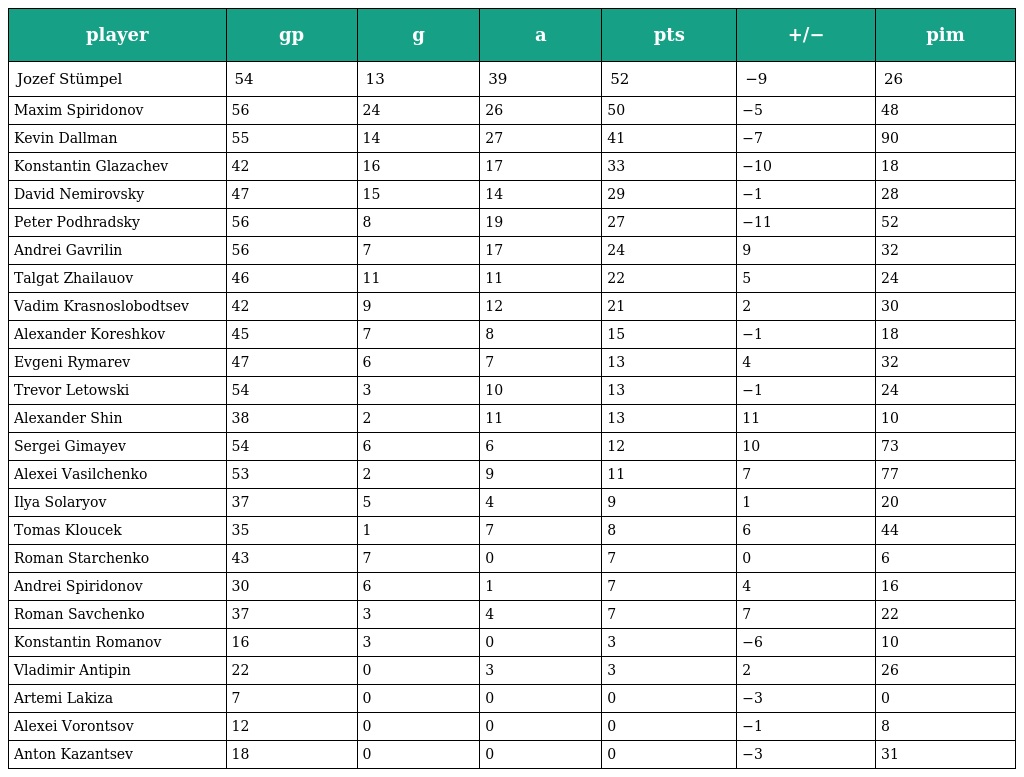
| player | gp | g | a | pts | +/− | pim |
 | --- | --- | --- | --- | --- | --- | --- |
 | Jozef Stümpel | 54 | 13 | 39 | 52 | −9 | 26 |
 | Maxim Spiridonov | 56 | 24 | 26 | 50 | −5 | 48 |
 | Kevin Dallman | 55 | 14 | 27 | 41 | −7 | 90 |
 | Konstantin Glazachev | 42 | 16 | 17 | 33 | −10 | 18 |
 | David Nemirovsky | 47 | 15 | 14 | 29 | −1 | 28 |
 | Peter Podhradsky | 56 | 8 | 19 | 27 | −11 | 52 |
 | Andrei Gavrilin | 56 | 7 | 17 | 24 | 9 | 32 |
 | Talgat Zhailauov | 46 | 11 | 11 | 22 | 5 | 24 |
 | Vadim Krasnoslobodtsev | 42 | 9 | 12 | 21 | 2 | 30 |
 | Alexander Koreshkov | 45 | 7 | 8 | 15 | −1 | 18 |
 | Evgeni Rymarev | 47 | 6 | 7 | 13 | 4 | 32 |
 | Trevor Letowski | 54 | 3 | 10 | 13 | −1 | 24 |
 | Alexander Shin | 38 | 2 | 11 | 13 | 11 | 10 |
 | Sergei Gimayev | 54 | 6 | 6 | 12 | 10 | 73 |
 | Alexei Vasilchenko | 53 | 2 | 9 | 11 | 7 | 77 |
 | Ilya Solaryov | 37 | 5 | 4 | 9 | 1 | 20 |
 | Tomas Kloucek | 35 | 1 | 7 | 8 | 6 | 44 |
 | Roman Starchenko | 43 | 7 | 0 | 7 | 0 | 6 |
 | Andrei Spiridonov | 30 | 6 | 1 | 7 | 4 | 16 |
 | Roman Savchenko | 37 | 3 | 4 | 7 | 7 | 22 |
 | Konstantin Romanov | 16 | 3 | 0 | 3 | −6 | 10 |
 | Vladimir Antipin | 22 | 0 | 3 | 3 | 2 | 26 |
 | Artemi Lakiza | 7 | 0 | 0 | 0 | −3 | 0 |
 | Alexei Vorontsov | 12 | 0 | 0 | 0 | −1 | 8 |
 | Anton Kazantsev | 18 | 0 | 0 | 0 | −3 | 31 |